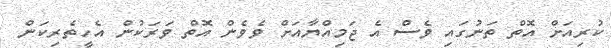
ކުރިއަށް އޮތް ތަނުގައި ވެސް އެ ޖަމިއްޔާއަށް ވެވެން އޮތް ވަރަކުން އެހީތެރިކަން